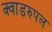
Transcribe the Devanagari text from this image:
क्वाडरुपल